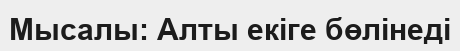
Мысалы: Алты екіге бөлінеді